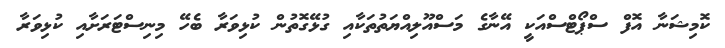
ކޮމިޝަނާ އޮފް ސްޕޯޓްސްއަކީ އޭނާގެ މަސްއޫލިއްޔަތުތަކާއި ގުޅޭގޮތުން ކުޅިވަރާ ބެހޭ މިނިސްޓަރަށާއި ކުޅިވަރާ